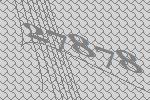
27878